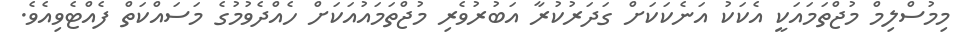
މިމުސްލިމް މުޖްތަމައަކީ އެކަކު އަނެކަކަށް ގަދަރުކުރާ އަބުރުވެރި މުޖްތަމައުއަކަށް ހެއްދެވުމުގެ މަސައްކަތް ފެއްޓެވިއެވެ.